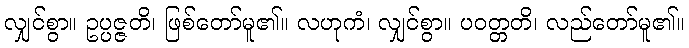
လျှင်စွာ။ ဥပ္ပဇ္ဇတိ၊ ဖြစ်တော်မူ၏။ လဟုကံ၊ လျှင်စွာ။ ပဝတ္တတိ၊ လည်တော်မူ၏။